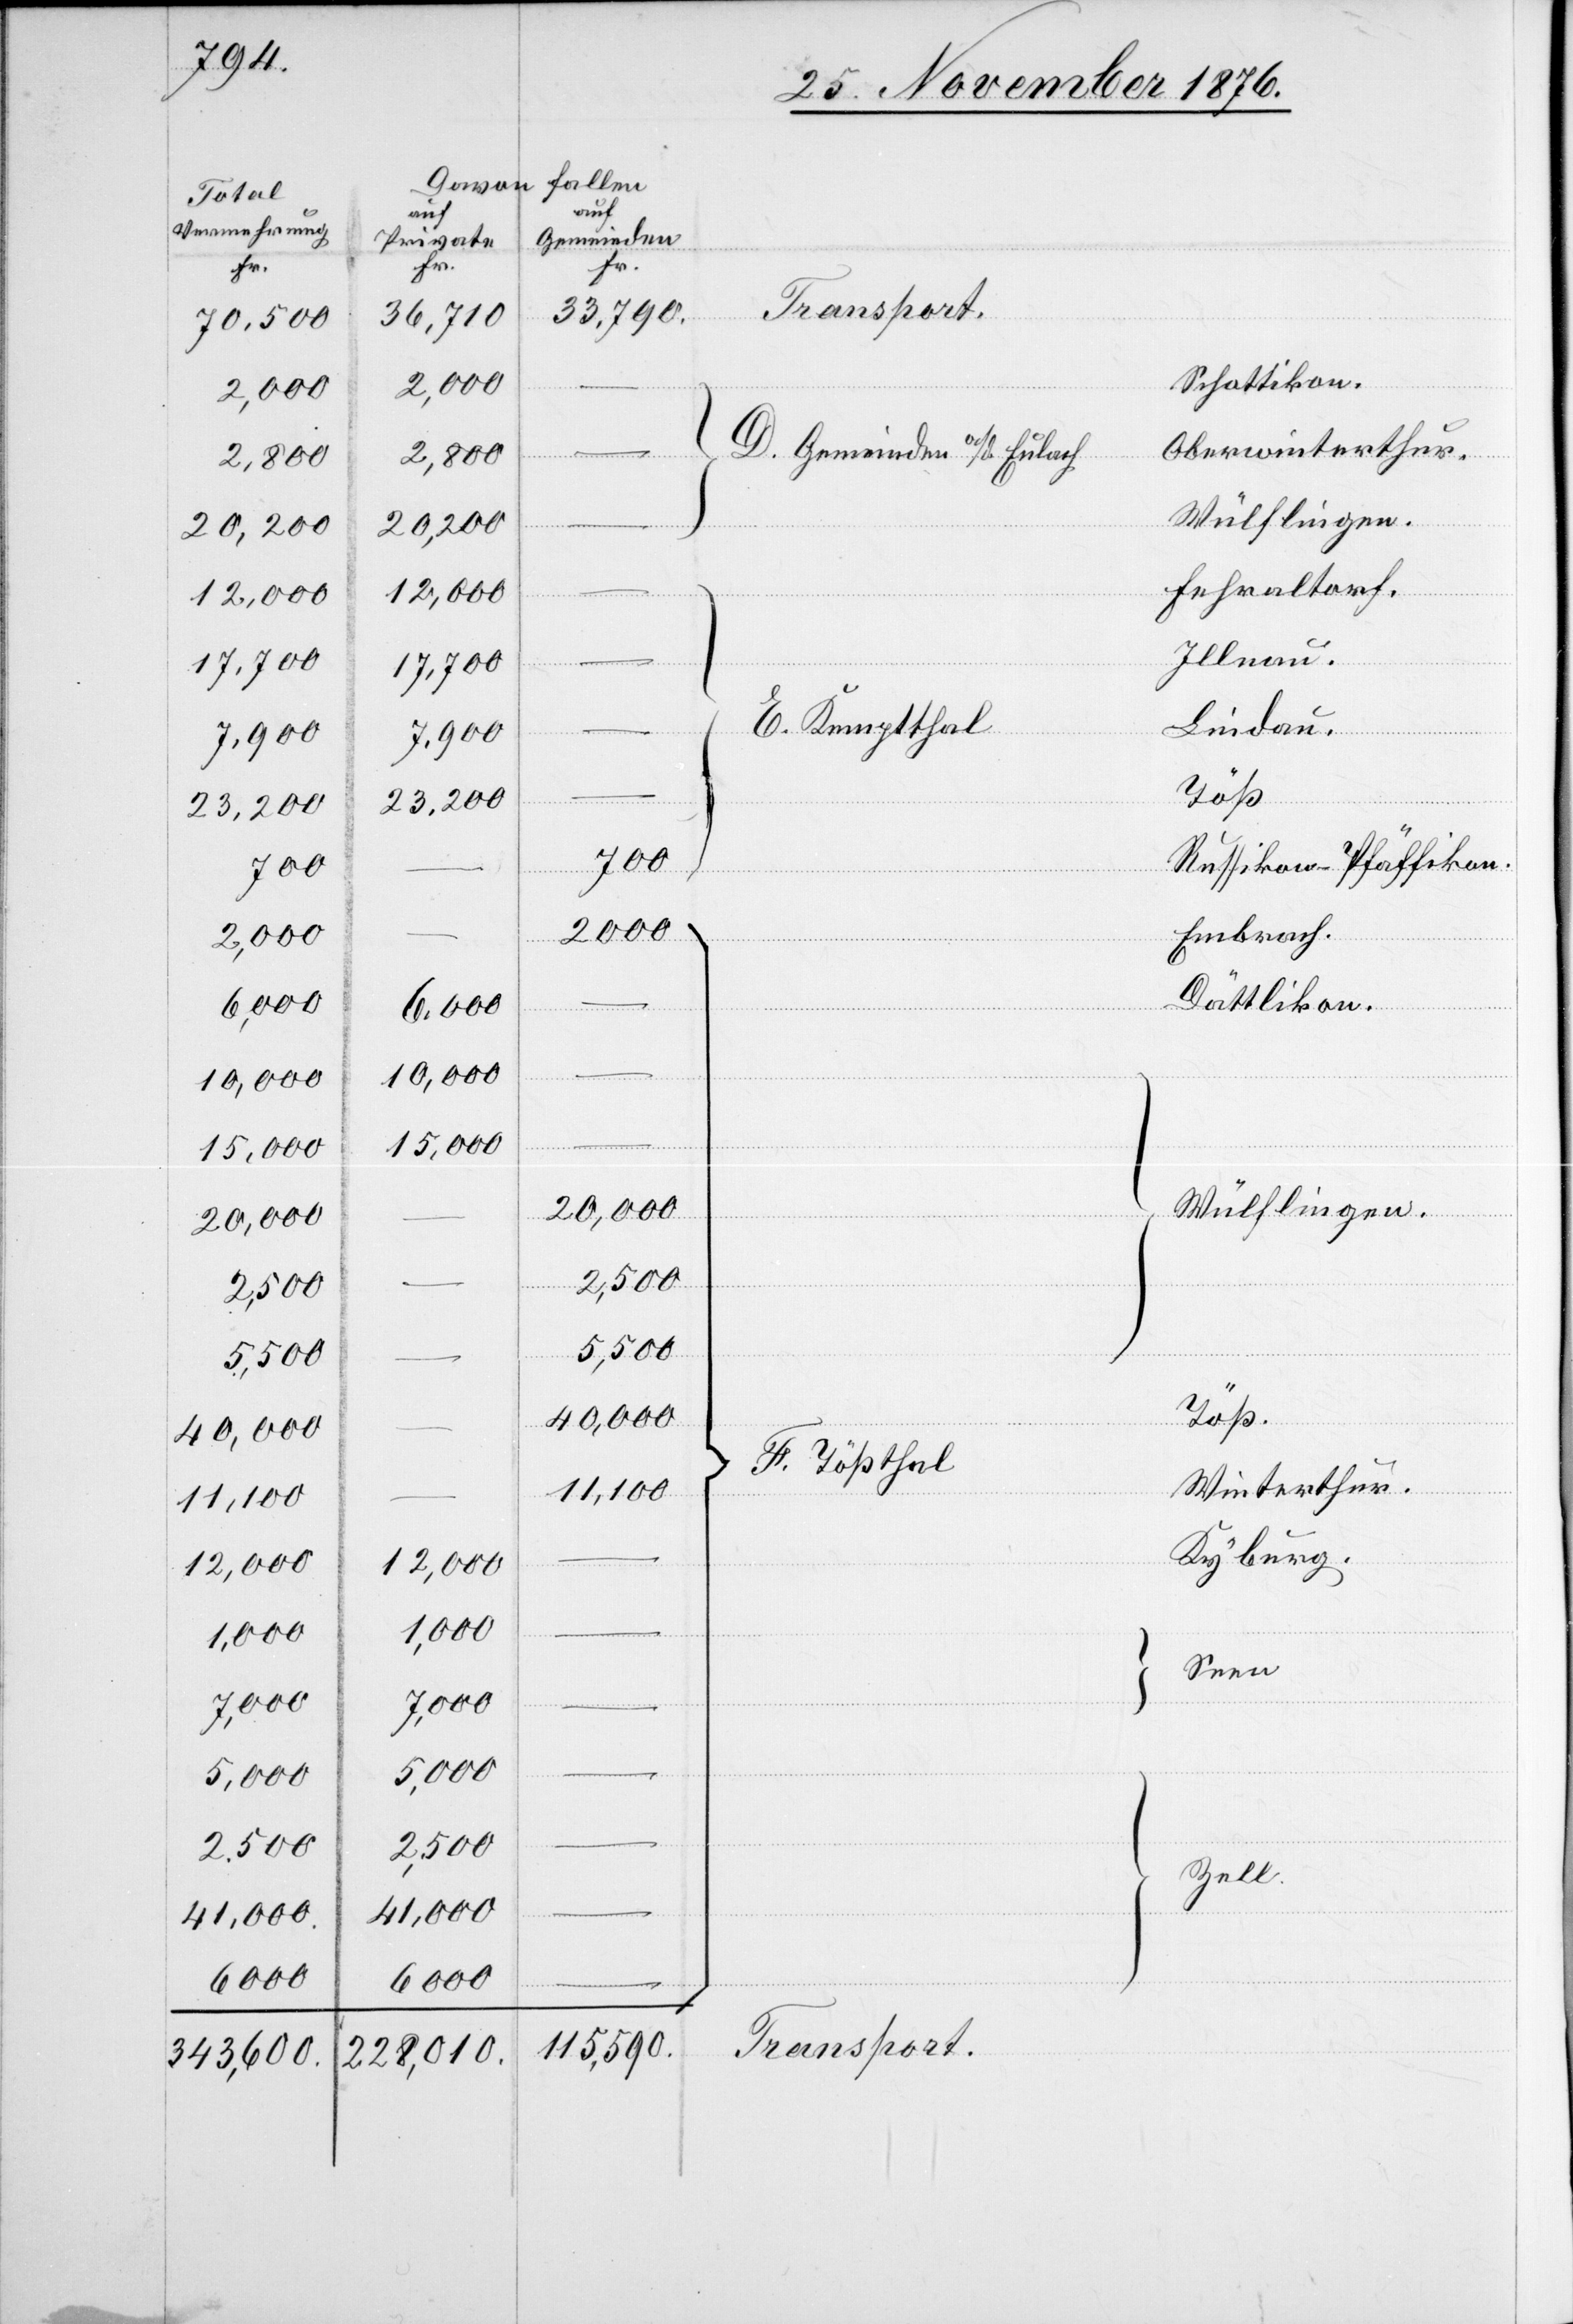
2,800
2,000
7,900
10,000
15,000
20,000
11,100
12,000
41,000
6000
343,600.

2000
17,700
23,200
1,000
7,000
5,000
41,000.
228,010.

Schottikon.
Oberwinterthur.
D. Gemeinden a/d Eulach.
Fehraltorf.
Illnau.
–
Lindau.
E. Kemptthal
Rußikon - Pfäffikon
700
Embrach.
Dättlikon.
–
Wülflingen
2,500
5,500
Töß.
40,000
F. Tößthal
Winterthur
Kyburg.
Seen
–
Zell.
–
Transport.
115,590.